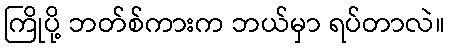
ကြိုပို့ ဘတ်စ်ကားက ဘယ်မှာ ရပ်တာလဲ။